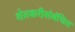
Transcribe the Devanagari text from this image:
शेतकरीसंबंधित